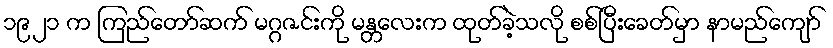
၁၉၂၁ က ကြည်တော်ဆက် မဂ္ဂဇင်းကို မန္တလေးက ထုတ်ခဲ့သလို စစ်ပြီးခေတ်မှာ နာမည်ကျော်